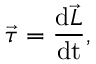
{ \vec { \tau } } = { \frac { \mathrm { d } { \vec { L } } } { \mathrm { d t } } } ,